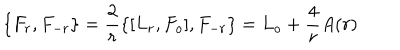
\{ F _ { r } , F _ { - r } \} = \frac { 2 } { r } \{ [ L _ { r } , F _ { o } ] , F _ { - r } \} = L _ { o } + \frac { 4 } { r } A ( r )